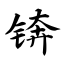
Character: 锛